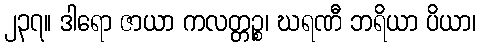
၂၃၇။ ဒါရော ဇာယာ ကလတ္တဉ္စ၊ ဃရဏီ ဘရိယာ ပိယာ၊